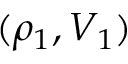
( \rho _ { 1 } , V _ { 1 } )